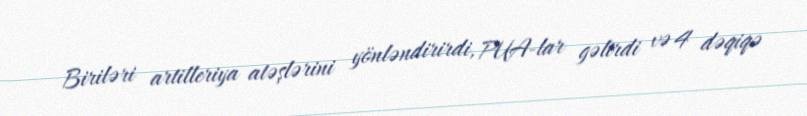
Biriləri artilleriya atəşlərini yönləndirirdi, PUA-lar gəlirdi və 4 dəqiqə